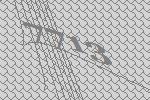
7713